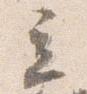
立